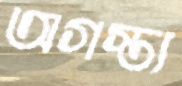
অগস্ত্য